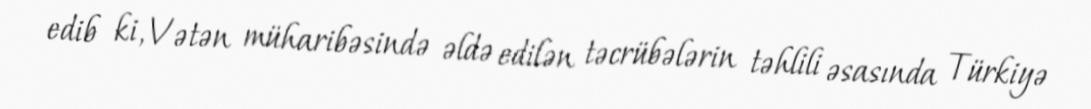
edib ki, Vətən müharibəsində əldə edilən təcrübələrin təhlili əsasında Türkiyə